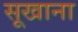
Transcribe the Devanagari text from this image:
सूखाना